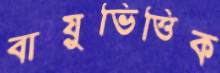
বায়ুভিত্তিক